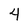
Character: 4